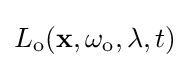
L_{\text{o}}(\mathbf {x} ,\omega _{\text{o}},\lambda ,t)